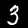
Label: 3